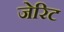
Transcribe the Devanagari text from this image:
जेरिट